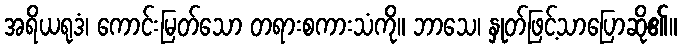
အရိယရုဒံ၊ ကောင်းမြတ်သော တရားစကားသံကို။ ဘာသေ၊ နှုတ်ဖြင့်သာပြောဆို၏။